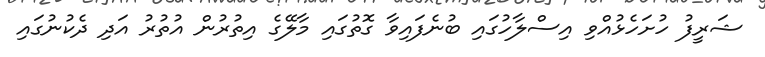
ޝަރީފު ހުށަހެޅުއްވި އިސްލާހުގައި ބުނެފައިވާ ގޮތުގައި މާލޭގެ އިތުރުން އުތުރު އަދި ދެކުނުގައި